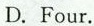
D. Four.